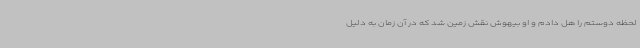
لحظه دوستم را هل دادم و او بیهوش نقش زمین شد که در آن زمان به دلیل